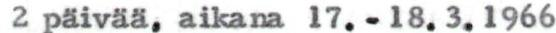
2 päivää, aikana 17.-18.3.1966